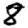
Digit: 8